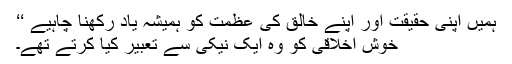
ہمیں اپنی حقیقت اور اپنے خالق کی عظمت کو ہمیشہ یاد رکھنا چاہیے ‘‘
خوش اخلاقی کو وہ ایک نیکی سے تعبیر کیا کرتے تھے۔